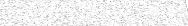
١٨